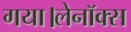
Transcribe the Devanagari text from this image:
गया।लेनॉक्स